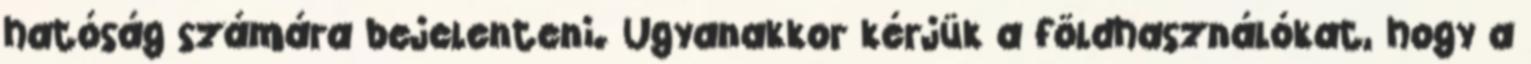
hatóság számára bejelenteni. Ugyanakkor kérjük a földhasználókat, hogy a